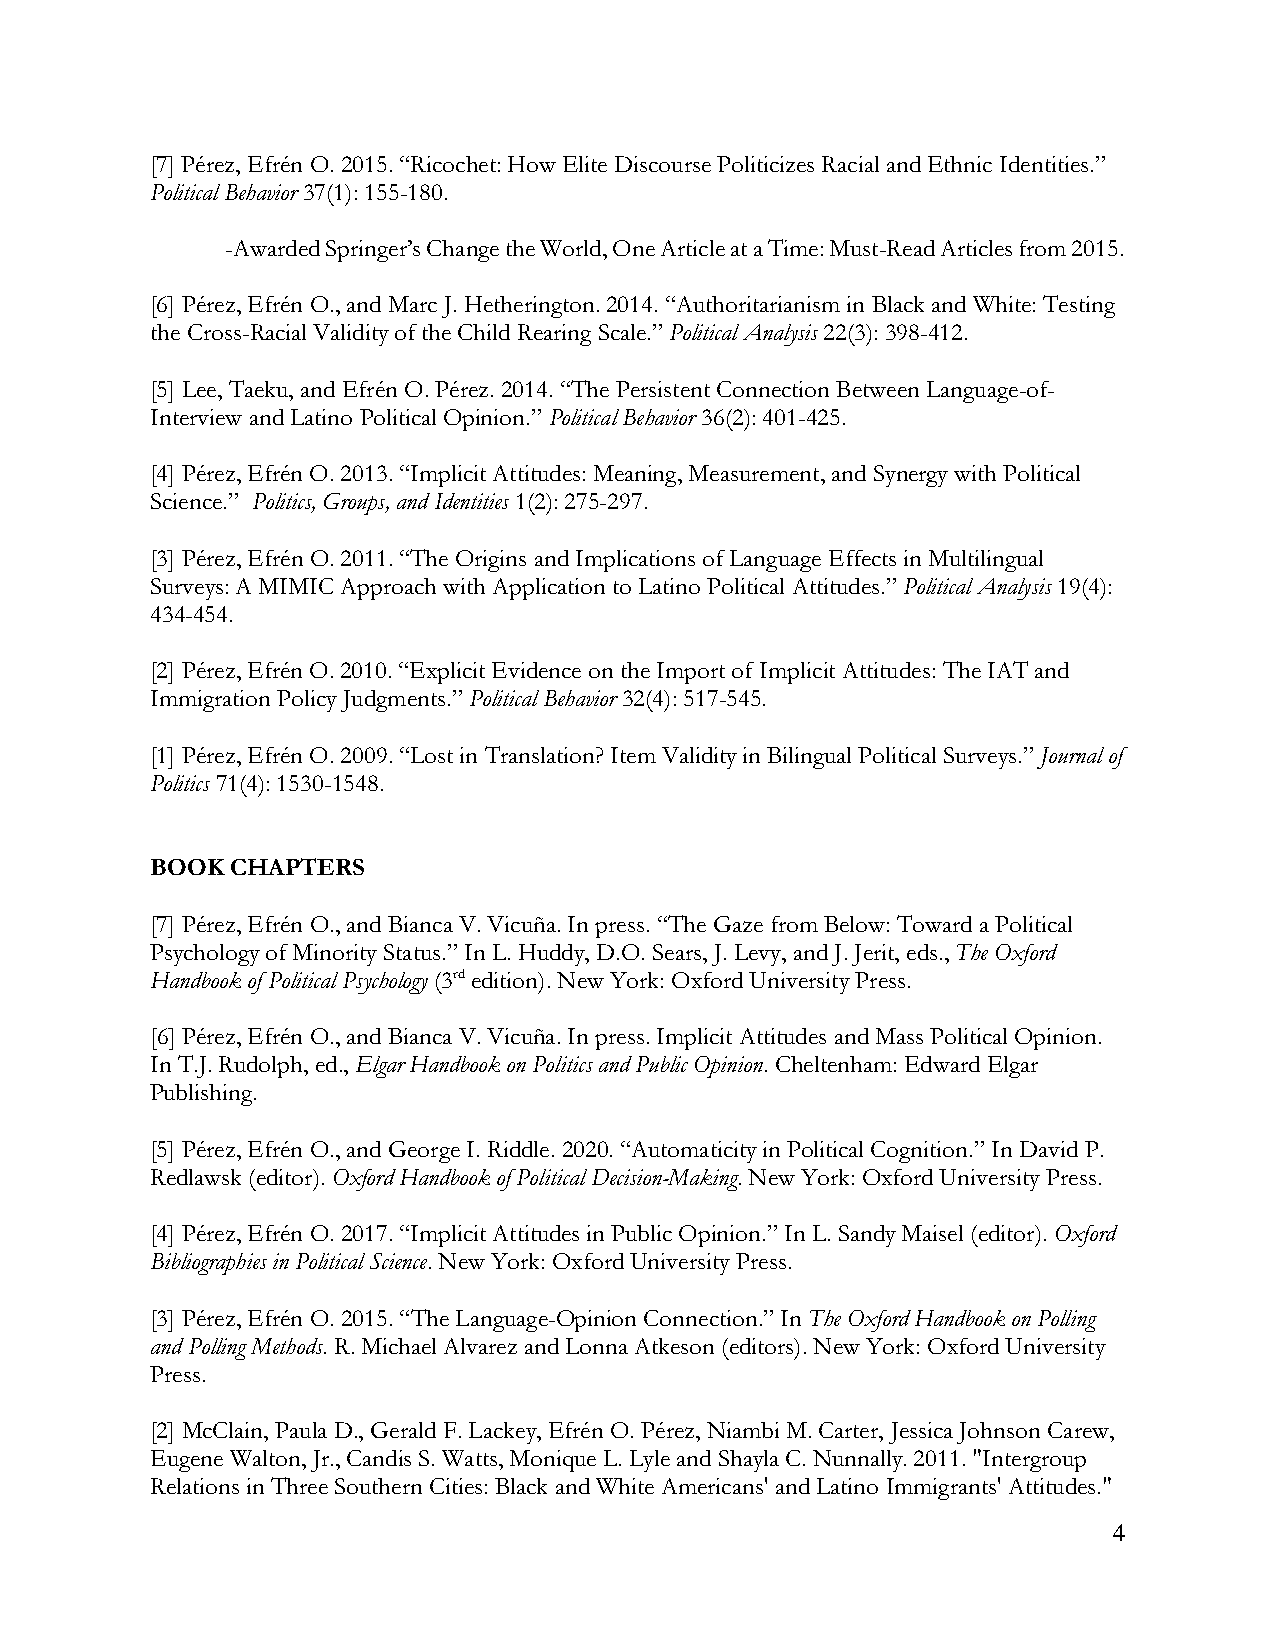
[7] Pérez, Efrén O. 2015. “Ricochet: How Elite Discourse Politicizes Racial and Ethnic Identities.”
 Political Behavior 37(1): 155-180.
 -Awarded Springer’s Change the World, One Article at a Time: Must-Read Articles from 2015.
 [6] Pérez, Efrén O., and Marc J. Hetherington. 2014. “Authoritarianism in Black and White: Testing
 the Cross-Racial Validity of the Child Rearing Scale.” Political Analysis 22(3): 398-412.
 [5] Lee, Taeku, and Efrén O. Pérez. 2014. “The Persistent Connection Between Language-of-
 Interview and Latino Political Opinion.” Political Behavior 36(2): 401-425.
 [4] Pérez, Efrén O. 2013. “Implicit Attitudes: Meaning, Measurement, and Synergy with Political
 Science.” Politics, Groups, and Identities 1(2): 275-297.
 [3] Pérez, Efrén O. 2011. “The Origins and Implications of Language Effects in Multilingual
 Surveys: A MIMIC Approach with Application to Latino Political Attitudes.” Political Analysis 19(4):
 434-454.
 [2] Pérez, Efrén O. 2010. “Explicit Evidence on the Import of Implicit Attitudes: The IAT and
 Immigration Policy Judgments.” Political Behavior 32(4): 517-545.
 [1] Pérez, Efrén O. 2009. “Lost in Translation? Item Validity in Bilingual Political Surveys.” Journal of
 Politics 71(4): 1530-1548.
 BOOK CHAPTERS
 [7] Pérez, Efrén O., and Bianca V. Vicuña. In press. “The Gaze from Below: Toward a Political
 Psychology of Minority Status.” In L. Huddy, D.O. Sears, J. Levy, and J. Jerit, eds., The Oxford
 Handbook of Political Psychology (3rd edition). New York: Oxford University Press.
 [6] Pérez, Efrén O., and Bianca V. Vicuña. In press. Implicit Attitudes and Mass Political Opinion.
 In T.J. Rudolph, ed., Elgar Handbook on Politics and Public Opinion. Cheltenham: Edward Elgar
 Publishing.
 [5] Pérez, Efrén O., and George I. Riddle. 2020. “Automaticity in Political Cognition.” In David P.
 Redlawsk (editor). Oxford Handbook of Political Decision-Making. New York: Oxford University Press.
 [4] Pérez, Efrén O. 2017. “Implicit Attitudes in Public Opinion.” In L. Sandy Maisel (editor). Oxford
 Bibliographies in Political Science. New York: Oxford University Press.
 [3] Pérez, Efrén O. 2015. “The Language-Opinion Connection.” In The Oxford Handbook on Polling
 and Polling Methods. R. Michael Alvarez and Lonna Atkeson (editors). New York: Oxford University
 Press.
 [2] McClain, Paula D., Gerald F. Lackey, Efrén O. Pérez, Niambi M. Carter, Jessica Johnson Carew,
 Eugene Walton, Jr., Candis S. Watts, Monique L. Lyle and Shayla C. Nunnally. 2011. "Intergroup
 Relations in Three Southern Cities: Black and White Americans' and Latino Immigrants' Attitudes."
 4